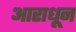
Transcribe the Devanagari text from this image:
आराधून